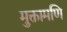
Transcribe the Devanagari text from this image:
मुक्तामणि